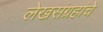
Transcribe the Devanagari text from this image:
लेखसंग्रहांचे